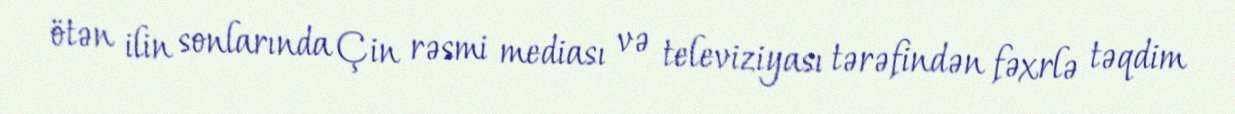
ötən ilin sonlarında Çin rəsmi mediası və televiziyası tərəfindən fəxrlə təqdim